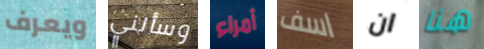
ويعرف وسألني أمراء اسف ان هنا